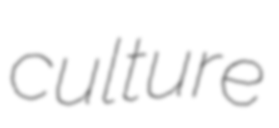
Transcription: culture